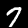
Label: 7